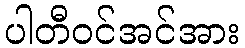
ပါတီဝင်အင်အား